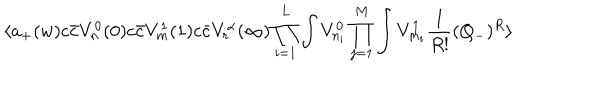
LaTeX: \langle a _ { + } ( w ) c { \bar { c } } V _ { n } ^ { 0 } ( 0 ) c { \bar { c } } V _ { m } ^ { 1 } ( 1 ) c { \bar { c } } V _ { r } ^ { \alpha } ( \infty ) \prod _ { i = 1 } ^ { L } \int V _ { n _ { i } } ^ { 0 } \prod _ { j = 1 } ^ { M } \int V _ { m _ { i } } ^ { 1 } { \frac { 1 } { R ! } } ( Q _ { - } ) ^ { R } \rangle